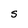
Character: S